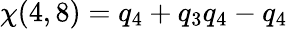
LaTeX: \chi(4,8)=q_{4}+q_{3}q_{4}-q_{4}